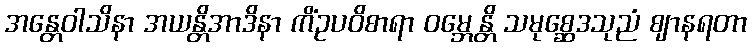
အန္တေဝါသိနာ အယန္တိအာဒိနာ ကိံဥပဝိစာရာ ဝမ္ဘေန္တိ သမုစ္ဆေဒသုညံ ဈာနရတာ